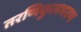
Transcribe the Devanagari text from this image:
तरणिकुलभरण